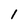
Character: l